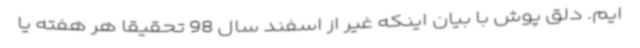
ایم. دلق پوش با بیان اینکه غیر از اسفند سال 98 تحقیقاً هر هفته یا